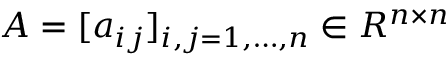
A = [ a _ { i j } ] _ { i , j = 1 , \dots , n } \in R ^ { n \times n }